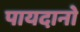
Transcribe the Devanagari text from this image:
पायदानो